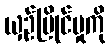
ယှဉ်ပြိုင်မှုကို